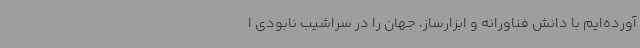
آورده‌ایم با دانش فناورانه و ابزارساز، جهان را در سراشیب نابودی ا